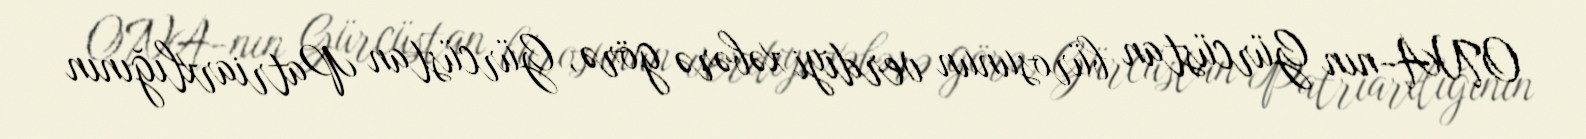
ONA-nın Gürcüstan bürosunun verdiyi xəbərə görə, Gürcüstan Patriarxlığının